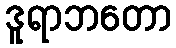
ဒူရာဘတော